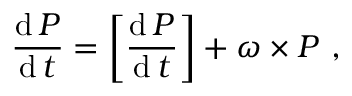
{ \frac { \operatorname { d } { \boldsymbol { P } } } { \operatorname { d } t } } = \left[ { \frac { \operatorname { d } { \boldsymbol { P } } } { \operatorname { d } t } } \right] + { \boldsymbol { \omega } } \times { \boldsymbol { P } } \ ,